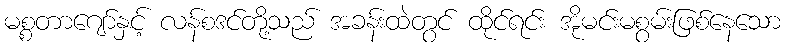
မစ္စတာဂျော်နှင့် လန်စဒင်တို့သည် အခန်းထဲတွင် ထိုင်ရင်း အိုမင်းမစွမ်းဖြစ်နေသော